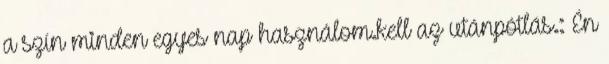
a szín minden egyes nap használom.kell az utánpótlás.: Én